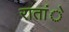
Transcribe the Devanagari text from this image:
रातांे